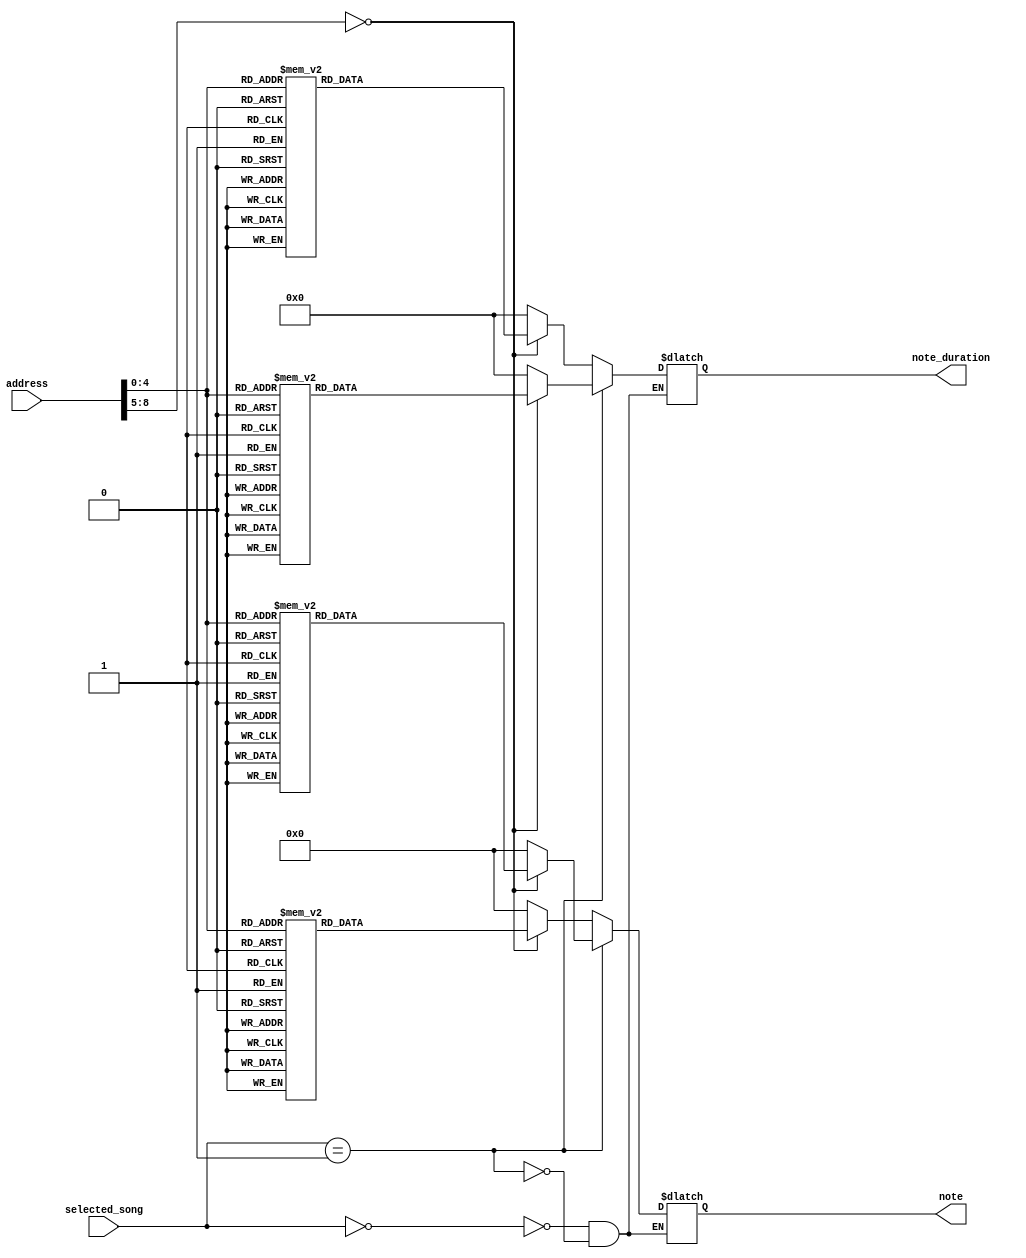
module SongROM2(
    input wire [8:0] address,
    input wire [3:0] selected_song,
    output reg [3:0] note,
    output reg [31:0] note_duration
);

always @(address) begin
    case(selected_song)
        2'd0: begin
            case (address)
                0: note = 4'd1;
                1: note = 4'd1;
                2: note = 4'd5;
                3: note = 4'd5;
                4: note = 4'd6;
                5: note = 4'd6;
                6: note = 4'd5;
                7: note = 4'd4;
                8: note = 4'd4;
                9: note = 4'd3;
                10: note = 4'd3;
                11: note = 4'd2;
                12: note = 4'd2;
                13: note = 4'd1;
                14: note = 4'd5;
                15: note = 4'd5;
                16: note = 4'd4;
                17: note = 4'd4;
                18: note = 4'd3;
                19: note = 4'd3;
                20: note = 4'd2;
                21: note = 4'd5;
                22: note = 4'd5;
                23: note = 4'd4;
                24: note = 4'd4;
                25: note = 4'd3;
                26: note = 4'd3;
                27: note = 4'd2;
                default: note = 4'd0;
            endcase

            case (address)
                0: note_duration = 300_000_0;
                1: note_duration = 300_000_0;
                2: note_duration = 300_000_0;
                3: note_duration = 300_000_0;
                4: note_duration = 300_000_0;
                5: note_duration = 300_000_0;
                6: note_duration = 600_000_0;
                7: note_duration = 300_000_0;
                8: note_duration = 300_000_0;
                9: note_duration = 300_000_0;
                10: note_duration = 300_000_0;
                11: note_duration = 300_000_0;
                12: note_duration = 300_000_0;
                13: note_duration = 600_000_0;
                14: note_duration = 300_000_0;
                15: note_duration = 300_000_0;
                16: note_duration = 300_000_0;
                17: note_duration = 300_000_0;
                18: note_duration = 300_000_0;
                19: note_duration = 300_000_0;
                20: note_duration = 600_000_0;
                21: note_duration = 300_000_0;
                22: note_duration = 300_000_0;
                23: note_duration = 300_000_0;
                24: note_duration = 300_000_0;
                25: note_duration = 300_000_0;
                26: note_duration = 300_000_0;
                27: note_duration = 600_000_0;
                default: note_duration = 0;
            endcase
        end
        2'd1:begin
            case(address)
                0:note = 4'd3;
                1:note = 4'd3;
                2:note = 4'd6;
                3:note = 4'd6;
                4:note = 4'd3;
                5:note = 4'd0;

                6:note = 4'd3;
                7:note = 4'd3;
                8:note = 4'd3;
                9:note = 4'd0;

                10:note = 4'd3;
                11:note = 4'd3;
                12:note = 4'd6;
                13:note = 4'd6;
                14:note = 4'd3;
                15:note = 4'd0;

                16:note = 4'd3;
                17:note = 4'd3;
                18:note = 4'd3;
                19:note = 4'd0;

                20:note = 4'd3;
                21:note = 4'd3;
                22:note = 4'd3;
                23:note = 4'd3;
                24:note = 4'd3;
                25:note = 4'd6;
                26:note = 4'd6;
                27:note = 4'd3;
                28:note = 4'd0;

                29:note = 4'd3;
                30:note = 4'd3;
                31:note = 4'd3;
                default:note = 4'd0;
            endcase
            case(address)
                0:note_duration = 5_000_00;
                1:note_duration = 5_000_00;
                2:note_duration = 10_000_00;
                3:note_duration = 10_000_00;
                4:note_duration = 20_000_00;
                5:note_duration = 45_000_00;

                6:note_duration = 5_000_00;
                7:note_duration = 5_000_00;
                8:note_duration = 10_000_00;
                9:note_duration = 40_000_00;

                10:note_duration = 5_000_00;
                11:note_duration = 5_000_00;
                12:note_duration = 10_000_00;
                13:note_duration = 10_000_00;
                14:note_duration = 20_000_00;
                15:note_duration = 45_000_00;

                16:note_duration = 5_000_00;
                17:note_duration = 5_000_00;
                18:note_duration = 10_000_00;
                19:note_duration = 40_000_00;

                20:note_duration = 5_000_00;
                21:note_duration = 5_000_00;
                22:note_duration = 10_000_00;
                23:note_duration = 5_000_00;
                24:note_duration = 5_000_00;
                25:note_duration = 10_000_00;
                26:note_duration = 10_000_00;
                27:note_duration = 20_000_00;
                28:note_duration = 45_000_00;

                29:note_duration = 5_000_00;
                30:note_duration = 5_000_00;
                31:note_duration = 10_000_00;
                default:note_duration = 0;
            endcase
        end
    endcase
end

endmodule